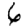
Digit: 6